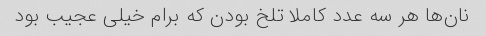
نان‌ها هر سه عدد کاملا تلخ بودن که برام خیلی عجیب بود